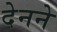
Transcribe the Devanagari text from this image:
देनने